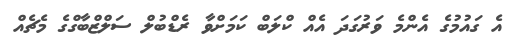
އެ ގައުމުގެ އެންމެ ވަރުގަދަ އެއް ކްލަބް ކަމަށްވާ ރެޑްބުލް ސަލްޒްބާގްގެ މެޗެއް